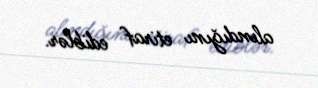
alındığını etiraf ediblər.